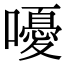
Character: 嚘